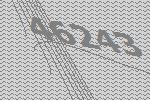
46243